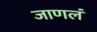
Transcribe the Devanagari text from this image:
जाणलं